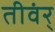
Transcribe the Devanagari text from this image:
तीवंर्